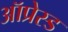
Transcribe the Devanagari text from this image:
ऑप्रेस्ड